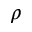
\rho